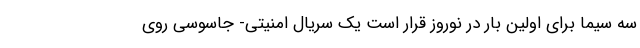
سه سیما برای اولین بار در نوروز قرار است یک سریال امنیتی- جاسوسی روی